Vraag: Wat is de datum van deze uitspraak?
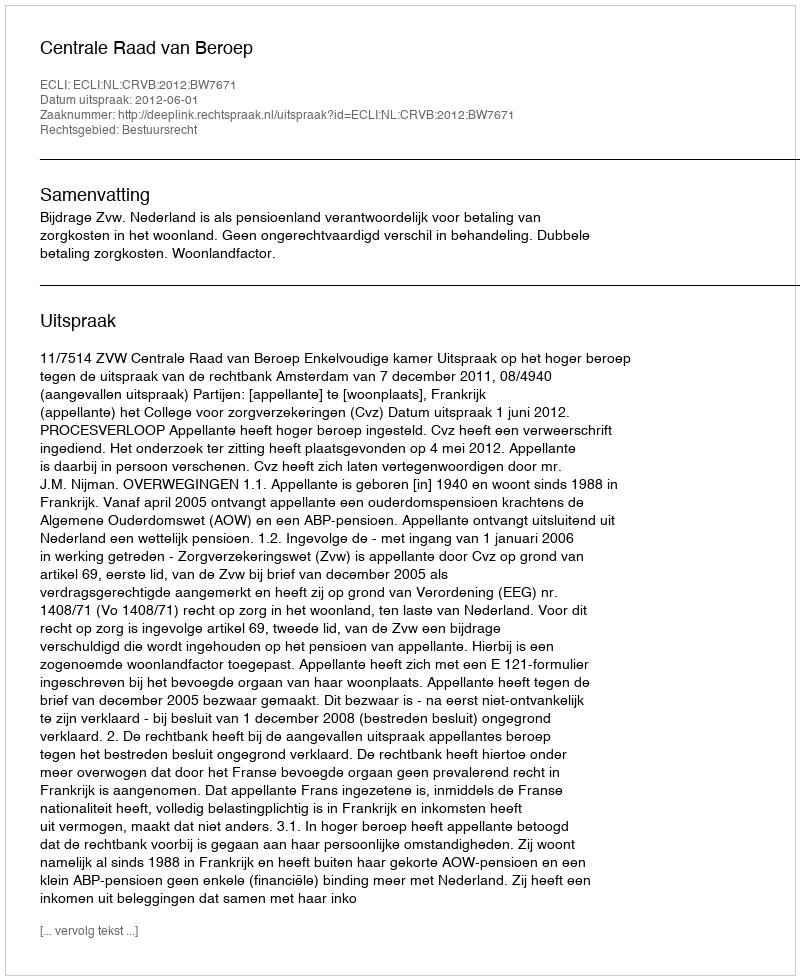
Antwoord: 2012-06-01